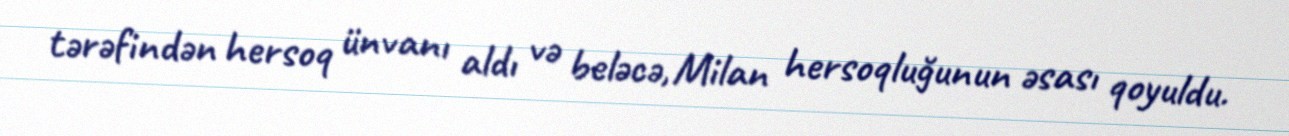
tərəfindən hersoq ünvanı aldı və beləcə, Milan hersoqluğunun əsası qoyuldu.